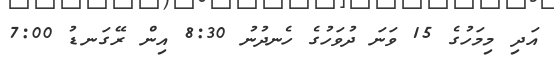
އަދި މިމަހުގެ 15 ވަނަ ދުވަހުގެ ހެނދުނު 8:30 އިން ރޭގަނޑު 7:00